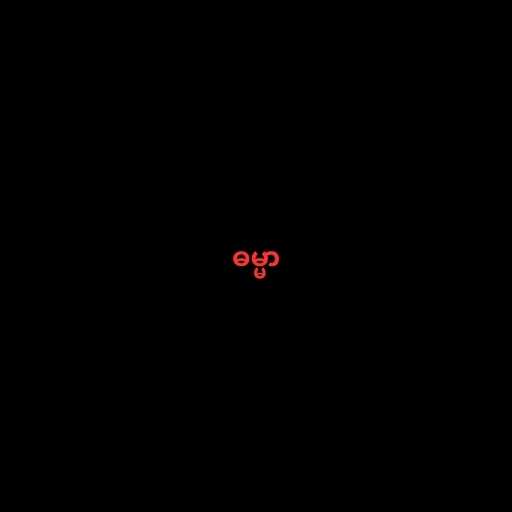
ဓမ္မာ